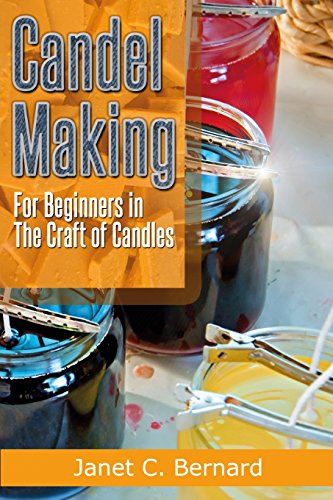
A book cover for Candle Making: For Beginners In The Craft Of Candles; Janet C. Bernard; Crafts, Hobbies & Home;